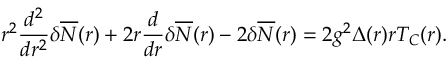
r ^ { 2 } \frac { d ^ { 2 } } { d r ^ { 2 } } { \delta } \overline { { { \cal { N } } } } ( r ) + 2 r \frac { d } { d r } { \delta } \overline { { { \cal { N } } } } ( r ) - 2 { \delta } \overline { { { \cal { N } } } } ( r ) = 2 g ^ { 2 } { \Delta } ( r ) r { \cal T } _ { C } ( r ) .